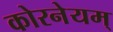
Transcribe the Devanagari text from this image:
कोरनेयम्